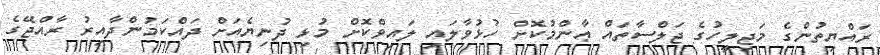
ރައްޔިތުންގެ މަޖިލީހުގެ ޖަލްސާތައް ޢާންމުކޮށް ހުޅުވާލައި ލައިވްކޮށް މުޅި ދުނިޔެއަށް ދައްކަމުންދާއިރު ރާއްޖޭގެ